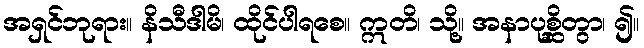
အရှင်ဘုရား။ နိသီဒါမိ၊ ထိုင်ပါရစေ။ ဣတိ၊ သို့။ အနာပုစ္ဆိတွာ၊ ၍။